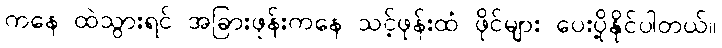
ကနေ ထဲသွားရင် အခြားဖုန်းကနေ သင့်ဖုန်းထံ ဖိုင်များ ပေးပို့နိုင်ပါတယ်။